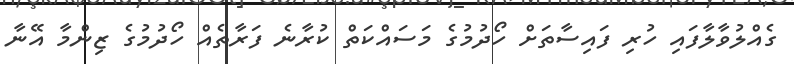
ގެއްލުވާލާފައި ހުރި ފައިސާތަށް ހޯދުމުގެ މަސައްކަތް ކުރާނެ ފަރާތެއް ހޯދުމުގެ ޒިންމާ އޭނާ